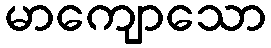
မာကျောသော